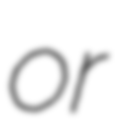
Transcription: or